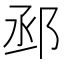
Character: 𨚱